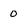
Character: 0